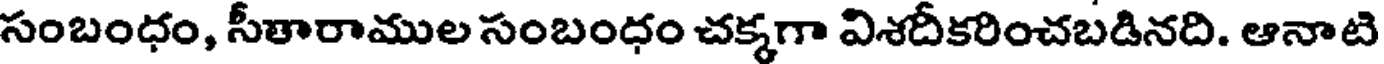
సంబంధం, సీతారాముల సంబంధం చక్కగా విశదీకరించబడినది. ఆనాటి